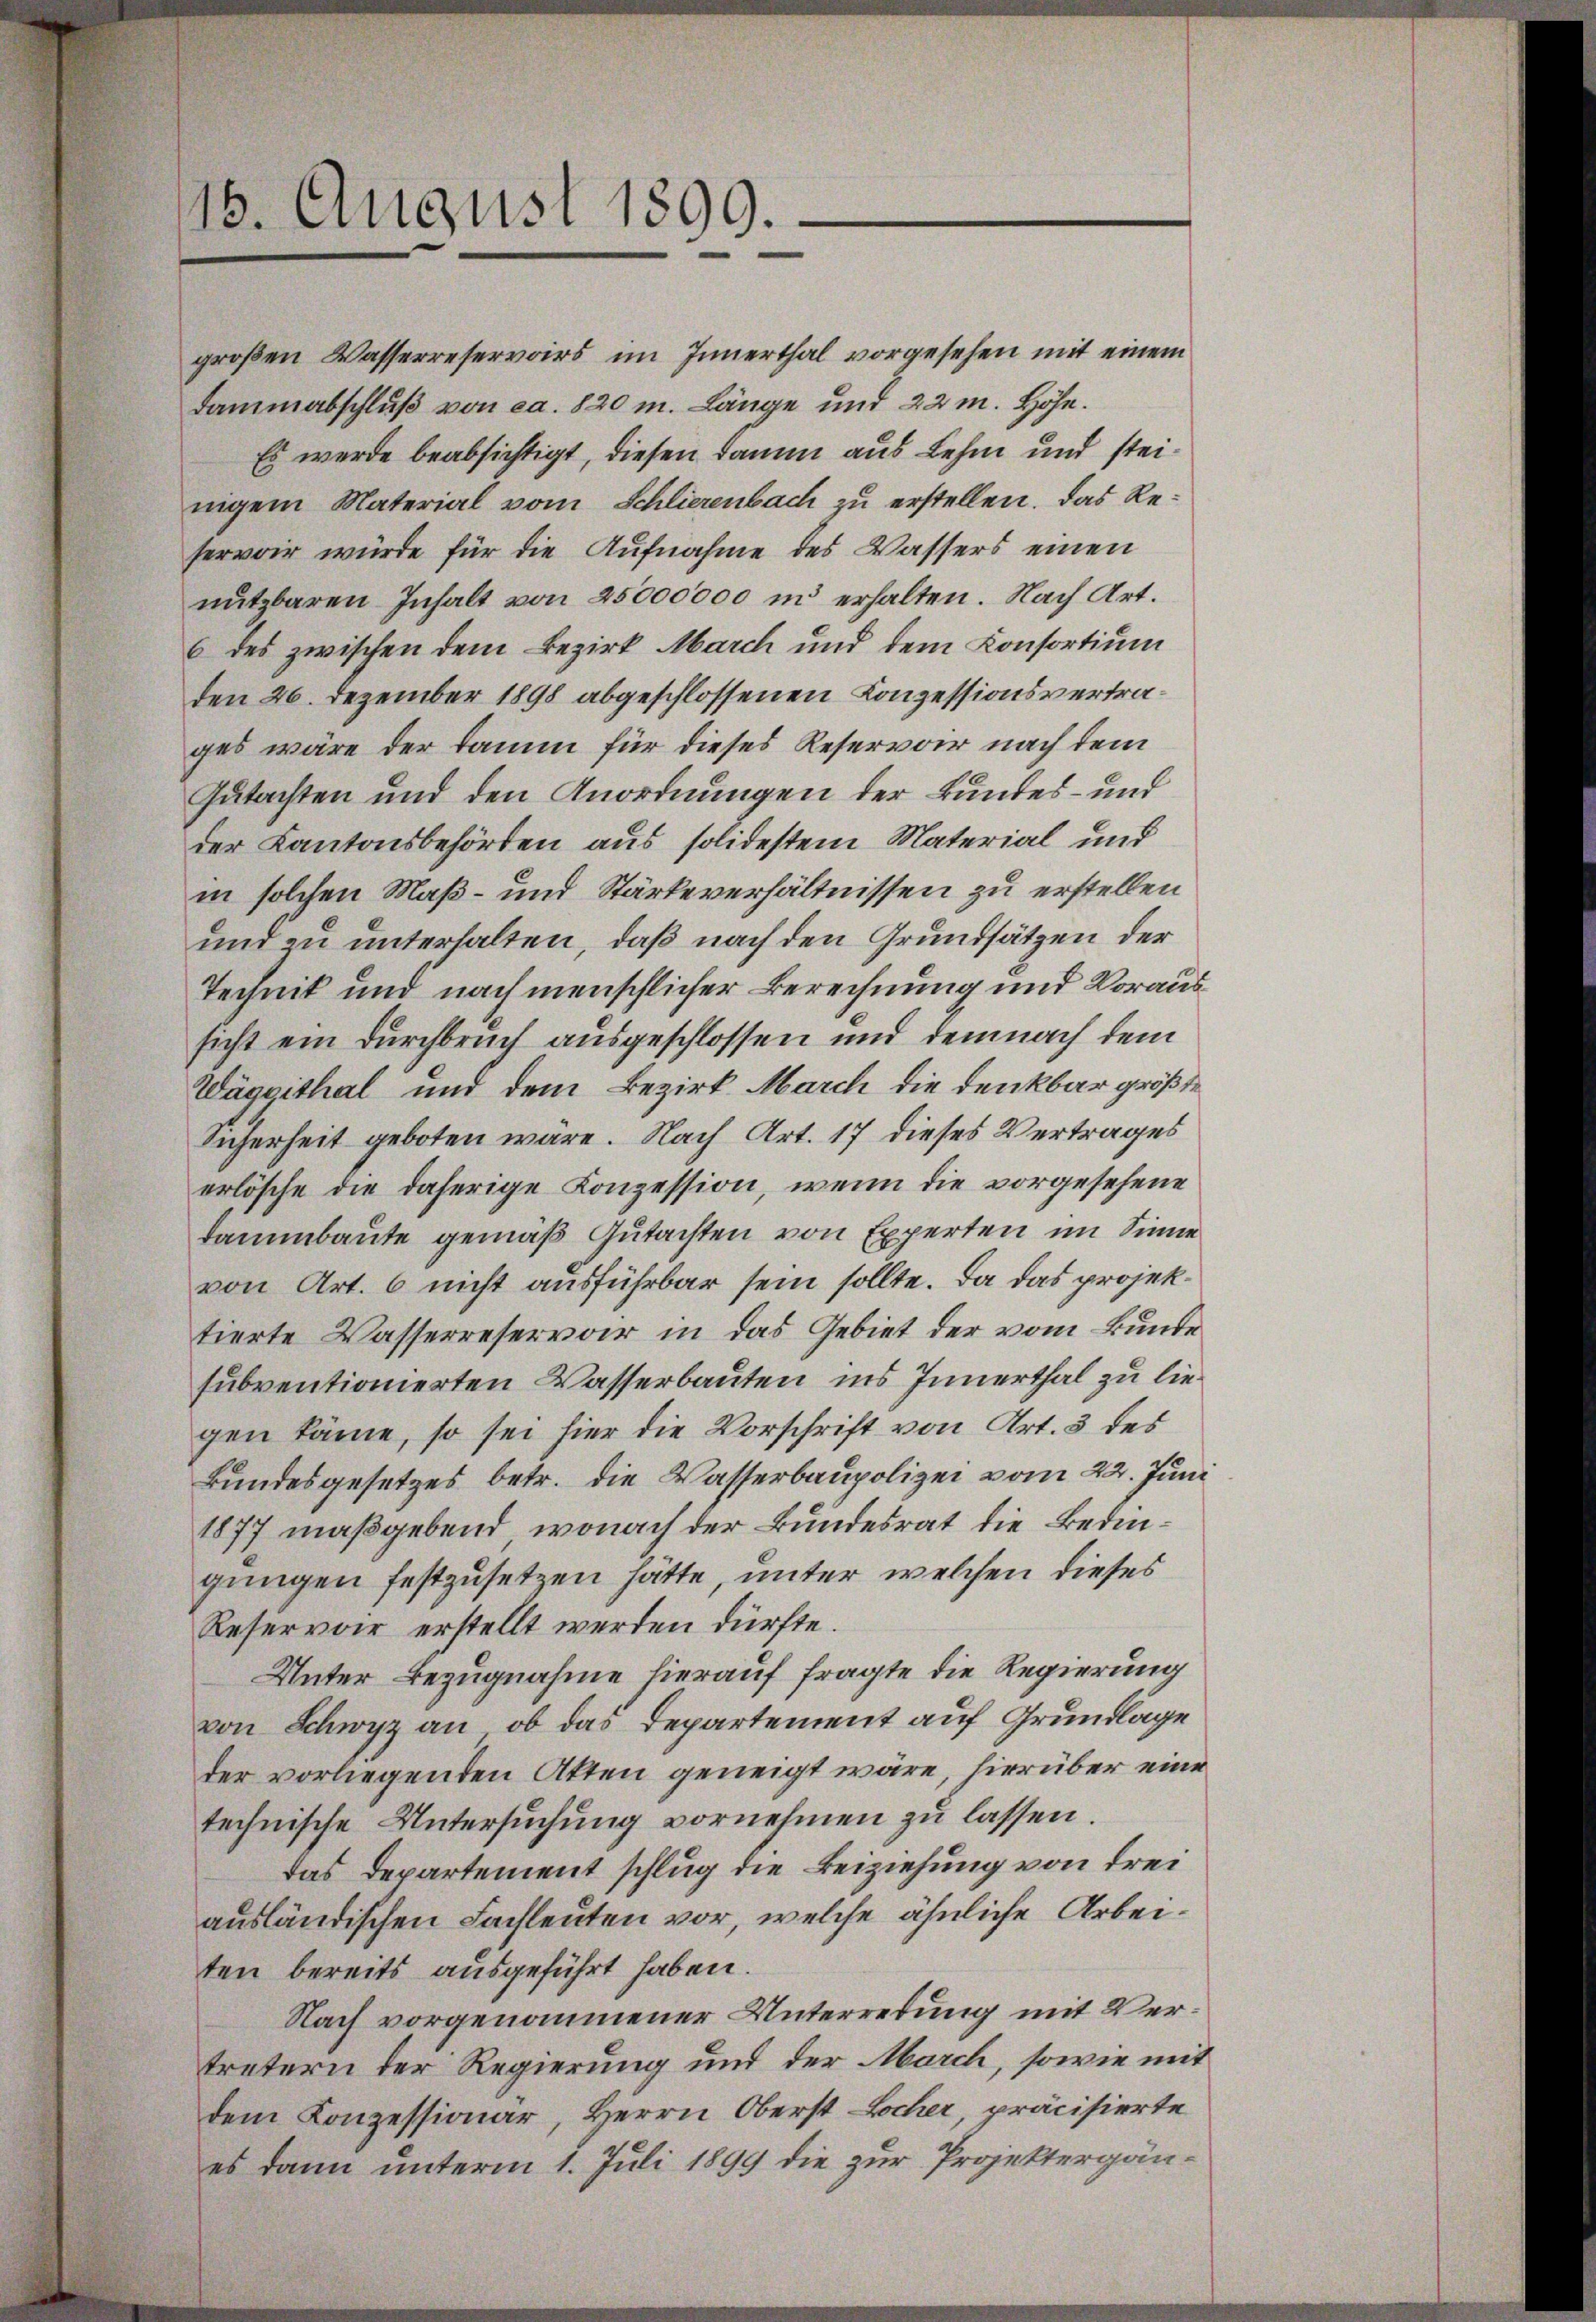
hervoir würde für die Aufnahme des Wassers einen
nutzbaren Inhalt von 25000000 in erhalten. Nach Art.
6 des zwischen dem Bezirk March und dem Konsortium
den 26. Dezember 1898 abgeschlossenen Konzessionsvertrages wäre der Damm für dieses Reservor nach dem
Gutachten und den Anordnungen der Bundes- und
der Kantonsbehörden aus solidestem Material und
in solchen Maß- und Stärke verhältnissen zu erstellen
und zu unterhalten, daß nach den Grundsätzen der
Tegnik und nach menschlicher Berechnung und Voraussicht ein Durchbruch ausgeschlossen und demnach dem
Wäggithal und dem Bezirk March die denkbar größte
Sicherheit geboten wäre. Nach Art. 17 dieses Vertrages
erlösche die daherige Konzession, wenn die vorgesehene
Dammbaute gemäß Gutachten von Experten im Sinne
von Art. 6 nicht ausführbar sein sollte. Da das projektierte Wasserreservar in das Gebiet der vom Bunde
subventionierten Wasserbauten ins Innerthal zu liegen käme, so sei hier die Vorschrift von Art. 3 des
Bundesgesetzes betr. die Wasserbaupolizei vom 22. Juni
1877 maßgebend, wonach der Bundesrat die Bedingungen festzusetzen hätte, unter welchen dieses
Reservoir erstellt werden dürfte.
Unter Bezugnahme hierauf fragte die Regierung
von Schwyz an, ob das Departement auf Grundlage
der vorliegenden Akten geneigt wäre, hierüber eine
technische Untersuchung vornehmen zu lassen.
das Departement schlug die Beiziehung von drei
ausländischen Fachleuten vor, welche ähnliche Arbeiten bereits ausgeführt haben.
Nach vorgenommener Unterredung mit Vertretern der Regierung und der March, sowie mit
dem Konzessionar, Herrn Oberst Locher, präcisierte
es dann unterm 1. Juli 1899 die zur Projektergän¬

16. August 1899.

großen Wasserreservoirs im Innerthal vorgesehen mit einem
dammabschluß von ca. 820 m. Länge und 22 m. Höhe.
Es werde beabsichtigt, diesen Damm aus Lehm und steinigem Material vom Schlierenbach zu erstellen. Das Re¬